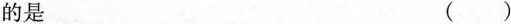
的是 ()